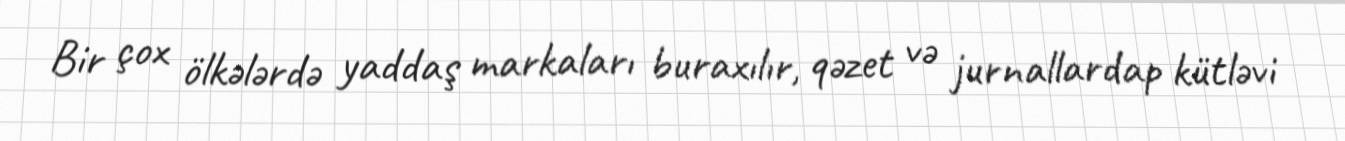
Bir çox ölkələrdə yaddaş markaları buraxılır, qəzet və jurnallardap kütləvi